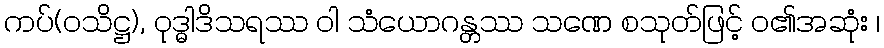
ကပ်(ဝသိဋ္ဌ), ဝုဒ္ဓါဒိသရဿ ဝါ သံယောဂန္တဿ သဏေ စသုတ်ဖြင့် ဝ၏အဆုံး ၊